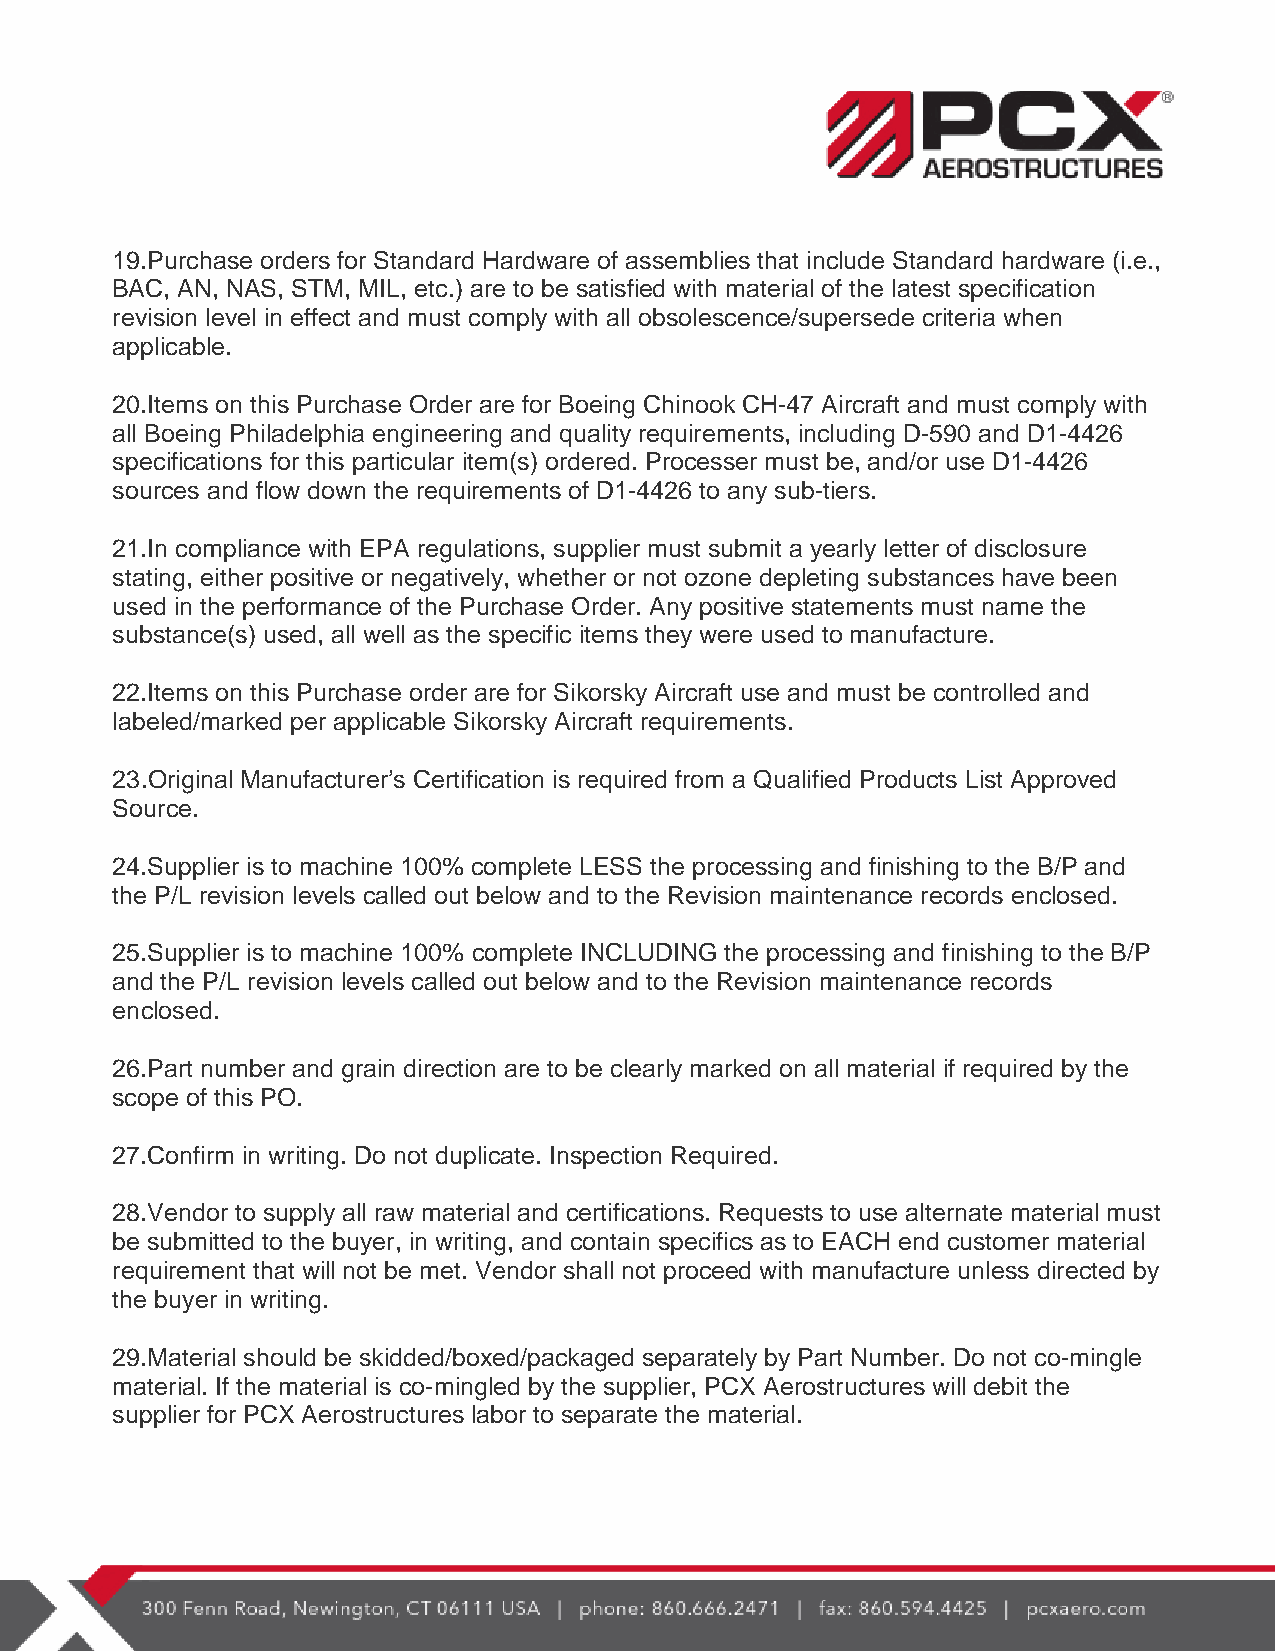
19.Purchase orders for Standard Hardware of assemblies that include Standard hardware (i.e.,
 BAC, AN, NAS, STM, MIL, etc.) are to be satisfied with material of the latest specification
 revision level in effect and must comply with all obsolescence/supersede criteria when
 applicable.
 20.Items on this Purchase Order are for Boeing Chinook CH-47 Aircraft and must comply with
 all Boeing Philadelphia engineering and quality requirements, including D-590 and D1-4426
 specifications for this particular item(s) ordered. Processer must be, and/or use D1-4426
 sources and flow down the requirements of D1-4426 to any sub-tiers.
 21.In compliance with EPA regulations, supplier must submit a yearly letter of disclosure
 stating, either positive or negatively, whether or not ozone depleting substances have been
 used in the performance of the Purchase Order. Any positive statements must name the
 substance(s) used, all well as the specific items they were used to manufacture.
 22.Items on this Purchase order are for Sikorsky Aircraft use and must be controlled and
 labeled/marked per applicable Sikorsky Aircraft requirements.
 23.Original Manufacturer’s Certification is required from a Qualified Products List Approved
 Source.
 24.Supplier is to machine 100% complete LESS the processing and finishing to the B/P and
 the P/L revision levels called out below and to the Revision maintenance records enclosed.
 25.Supplier is to machine 100% complete INCLUDING the processing and finishing to the B/P
 and the P/L revision levels called out below and to the Revision maintenance records
 enclosed.
 26.Part number and grain direction are to be clearly marked on all material if required by the
 scope of this PO.
 27.Confirm in writing. Do not duplicate. Inspection Required.
 28.Vendor to supply all raw material and certifications. Requests to use alternate material must
 be submitted to the buyer, in writing, and contain specifics as to EACH end customer material
 requirement that will not be met. Vendor shall not proceed with manufacture unless directed by
 the buyer in writing.
 29.Material should be skidded/boxed/packaged separately by Part Number. Do not co-mingle
 material. If the material is co-mingled by the supplier, PCX Aerostructures will debit the
 supplier for PCX Aerostructures labor to separate the material.